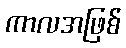
ကာလအဖြစ်